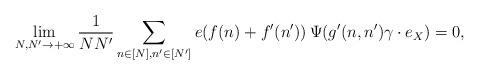
LaTeX: \begin{align*}\lim_{N, N'\to+\infty}\frac 1{N N'}\sum_{n \in [N], n'\in [N']}e(f(n)+f'(n'))\, \Psi(g'(n,n')\gamma \cdot e_X)=0,\end{align*}